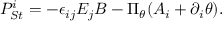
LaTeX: { \cal P } _ { S t } ^ { i } = - \epsilon _ { i j } E _ { j } B - \Pi _ { \theta } ( A _ { i } + \partial _ { i } \theta ) .